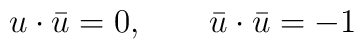
u\cdot \bar{u} = 0,\qquad \bar{u}\cdot \bar{u} = -1